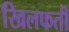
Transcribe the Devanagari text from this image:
खिलफती